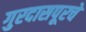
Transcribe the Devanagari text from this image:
गुरदासपूरचे